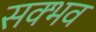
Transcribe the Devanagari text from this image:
सक्भव